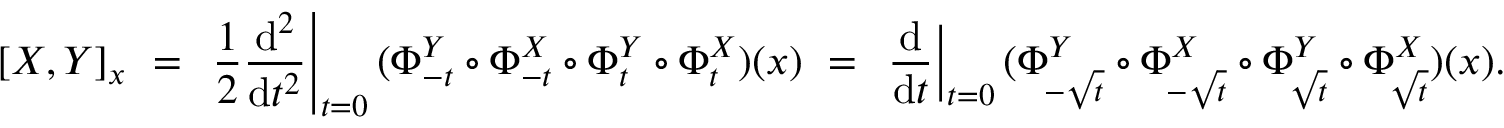
[ X , Y ] _ { x } \ = \ \left. { \frac { 1 } { 2 } } { \frac { \mathrm { d } ^ { 2 } } { \mathrm { d } t ^ { 2 } } } \right| _ { t = 0 } ( \Phi _ { - t } ^ { Y } \circ \Phi _ { - t } ^ { X } \circ \Phi _ { t } ^ { Y } \circ \Phi _ { t } ^ { X } ) ( x ) \ = \ \left. { \frac { \mathrm { d } } { \mathrm { d } t } } \right| _ { t = 0 } ( \Phi _ { \! - { \sqrt { t } } } ^ { Y } \circ \Phi _ { \! - { \sqrt { t } } } ^ { X } \circ \Phi _ { \! { \sqrt { t } } } ^ { Y } \circ \Phi _ { \! { \sqrt { t } } } ^ { X } ) ( x ) .